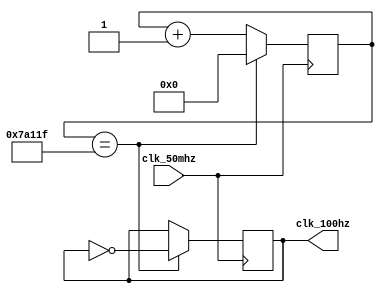
module clock_100hz (
    input clk_50mhz,
    output reg clk_100hz
);

reg [25:0] counter = 0;

always @(posedge clk_50mhz) begin
    if (counter == 499999) begin
        counter <= 0;
        clk_100hz <= ~clk_100hz;
    end
    else begin
        counter <= counter + 1;
    end
end

endmodule